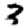
Digit: 3